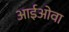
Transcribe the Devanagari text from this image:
आईओवा